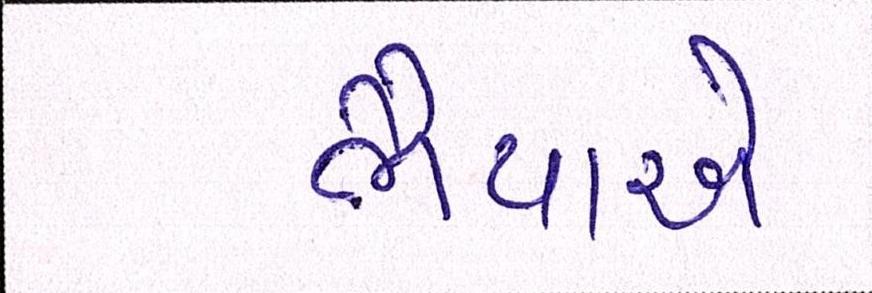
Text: ભૈયાએ